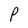
Character: P